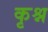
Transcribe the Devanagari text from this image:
कृश्न